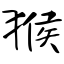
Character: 猴